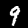
Label: 9